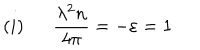
LaTeX: ( i ) \: \: \: \: \: \: \: { \frac { \lambda ^ { 2 } n } { 4 \pi } } = - \varepsilon = 1